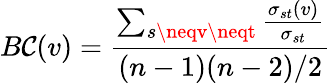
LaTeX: B\mathcal{C}(v)=\frac{{\sum_{s\neqv\neqt}\frac{{\sigma_{st}(v)}}{{\sigma_{st}}}}}{{(n-1)(n-2)/2}}